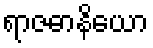
ရာဇဓာနိယော